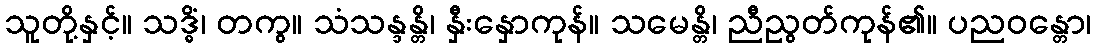
သူတို့နှင့်။ သဒ္ဓိံ၊ တကွ။ သံသန္ဒန္တိ၊ နှီးနှောကုန်။ သမေန္တိ၊ ညီညွတ်ကုန်၏။ ပညဝန္တော၊